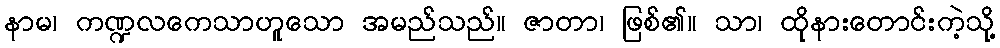
နာမ၊ ကဏ္ဍလကေသာဟူသော အမည်သည်။ ဇာတာ၊ ဖြစ်၏။ သာ၊ ထိုနားတောင်းကဲ့သို့